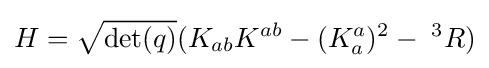
H={\sqrt {\det(q)}}(K_{ab}K^{ab}-(K_{a}^{a})^{2}-\;^{3}R)